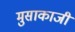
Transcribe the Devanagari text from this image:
मुसाकाजी